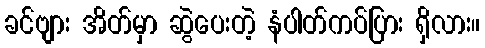
ခင်ဗျား အိတ်မှာ ဆွဲပေးတဲ့ နံပါတ်ကပ်ပြား ရှိလား။